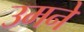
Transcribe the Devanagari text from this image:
उमने